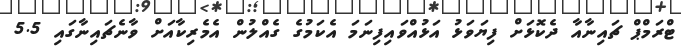
ޓްރަމްޕް ޗައިނާއާ ދެކޮޅަށް ފިޔަވަޅު އަޅުއްވައިފިނަމަ އެކަމުގެ ގެއްލުން އެމެރިކާއަށް ވާނެޗައިނާގައި 5.5